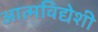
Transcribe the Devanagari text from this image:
आत्मविद्येशी